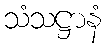
သံသဋ္ဌာနံ